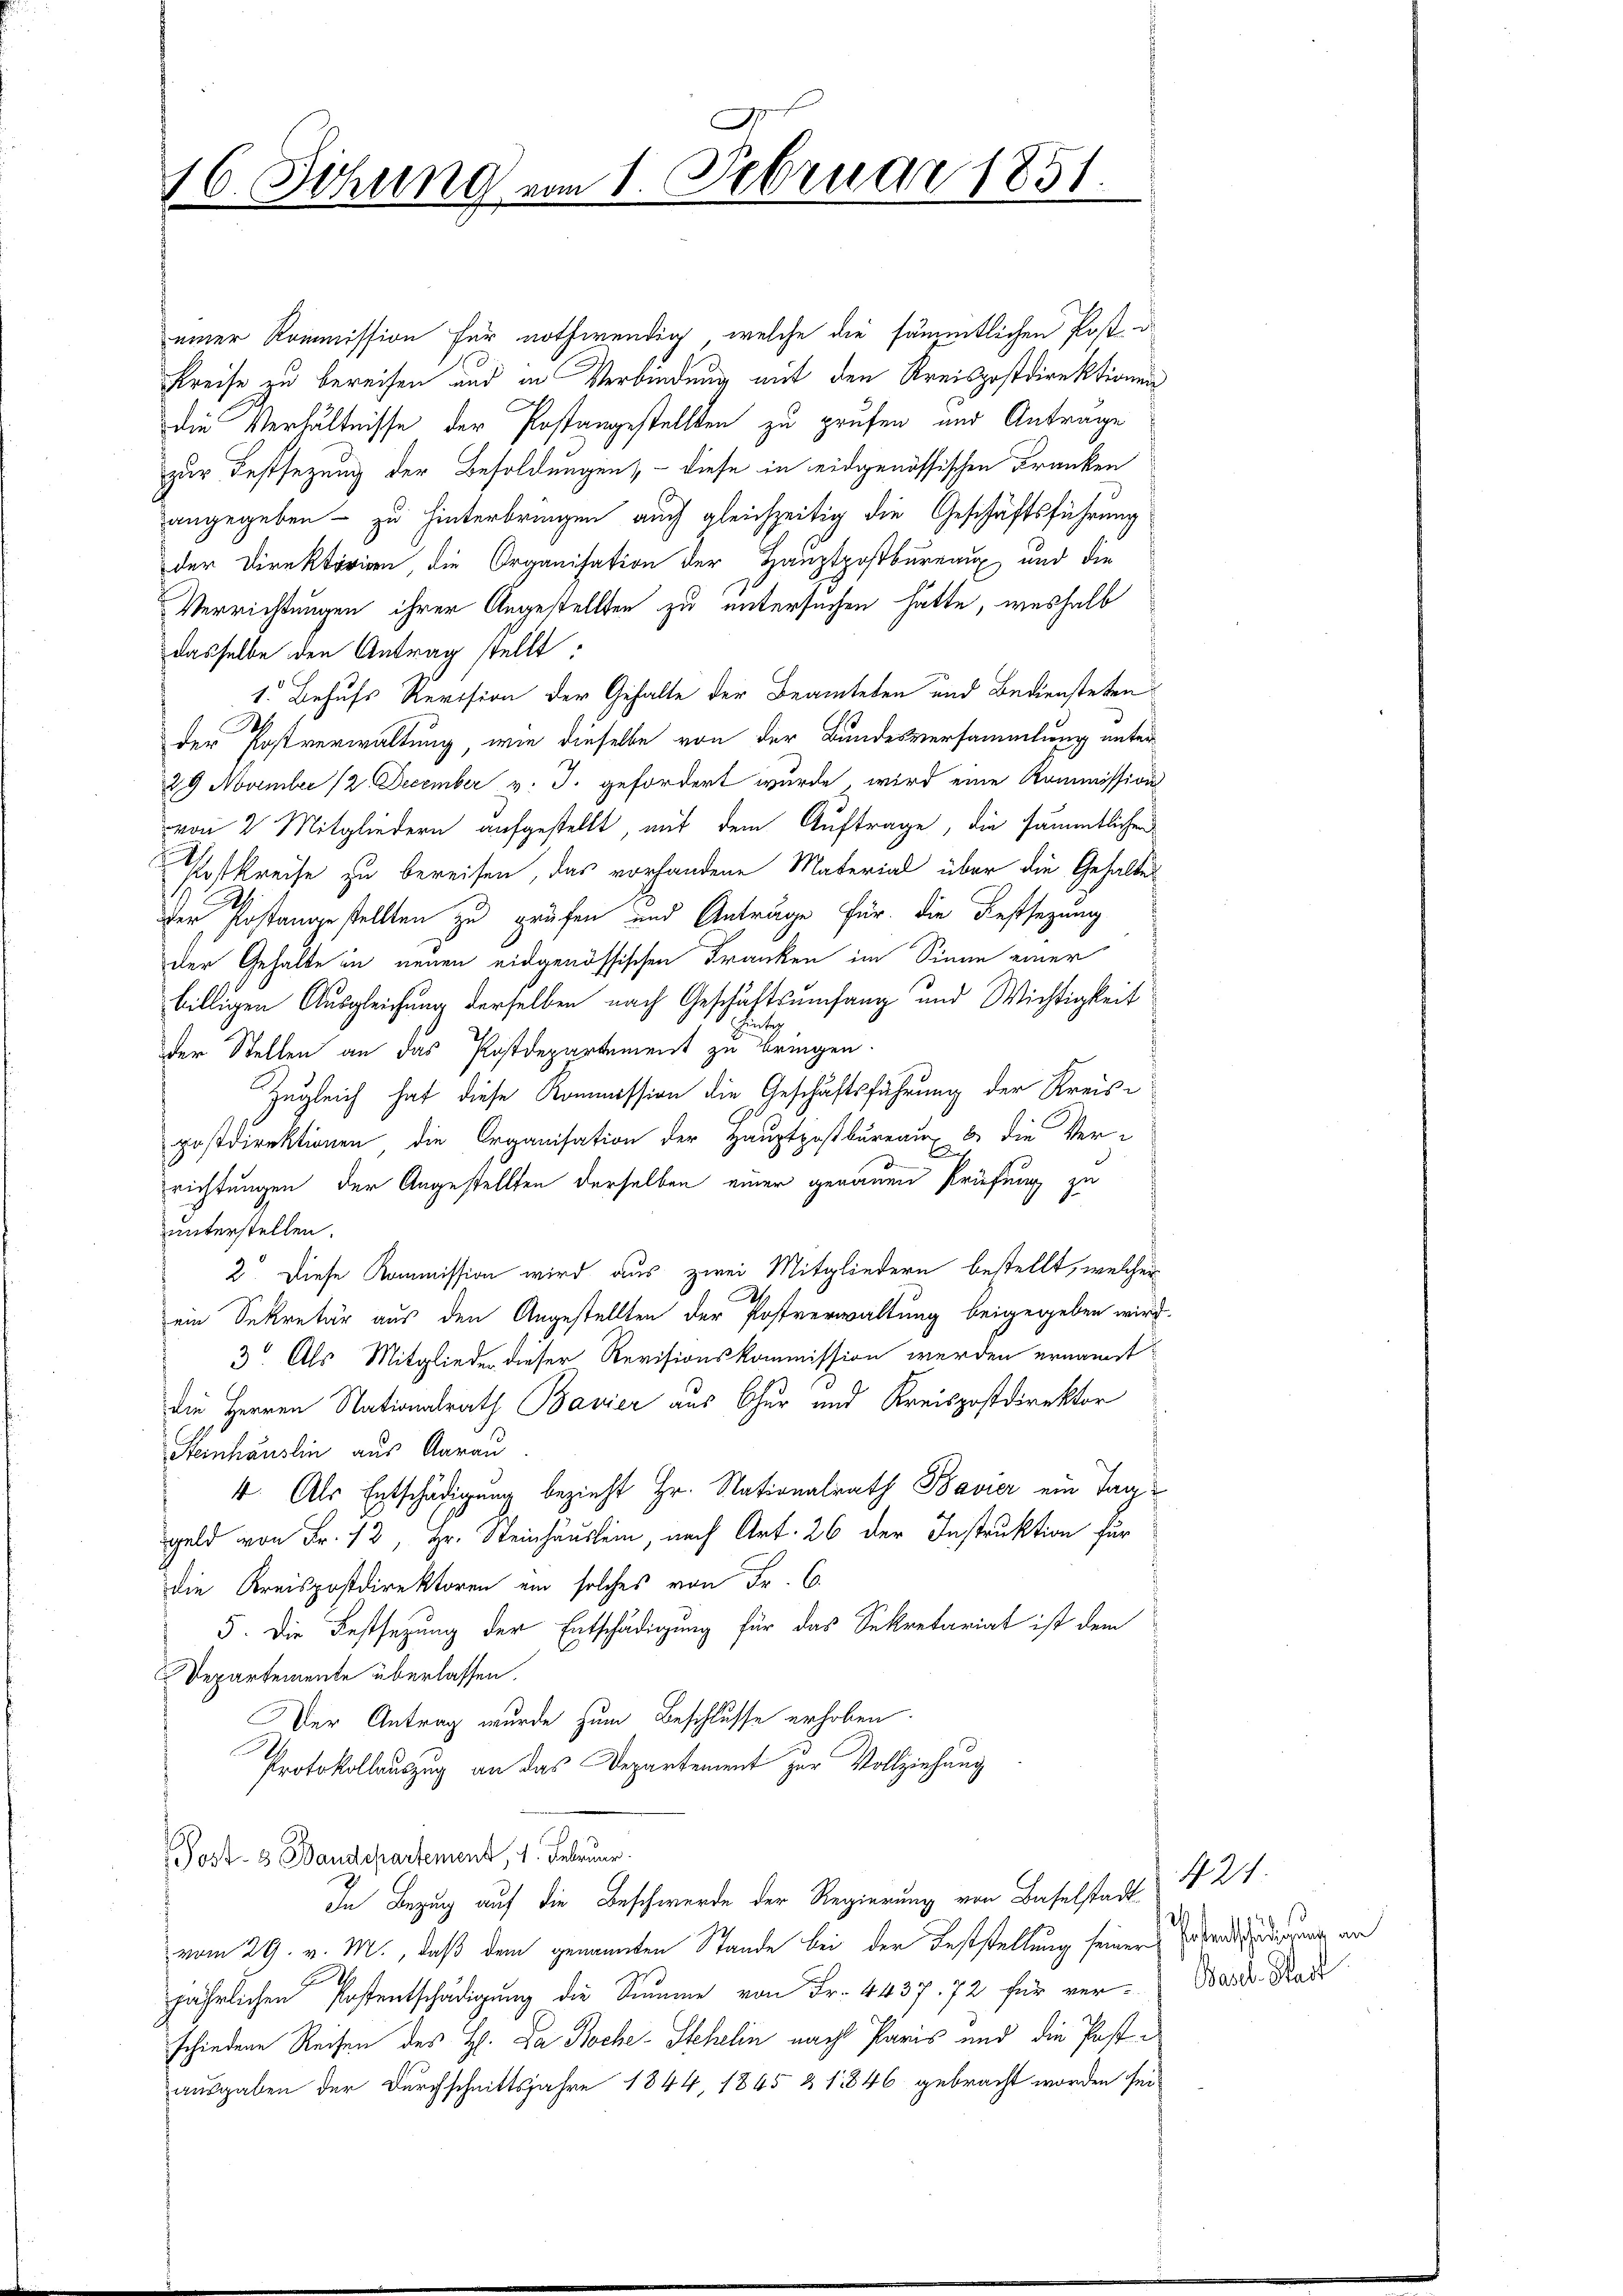
.
16. Sitzung vom 1. Februar 1851.

einer Kommission für nothwendig, welche die sämmtlichen Post e
Kreise zu bereifen aus in Verbindung mit den Kreispostdirektionen
die Verhältnisse der Postangestellten zu prüfen und Antrage
zur Festsezung der Besoldungen, - diese in eidgenössischen Franken
angegeben - zu hinterbringen auch gleichzeitig die Geschäftsführung
der Direktorio die Organisation der Hauptpostbureaux und die
Verrichtungen ihrer Angestellten zu untersuchen hätte, weshalb
dasselbe den Antrag stellt:
1. Behufs Revision der Gehalte der Beamteten und Bediensteten
.
der Postverwaltung, wie dieselbe von der Bundesversammlung unter
29 November 12 December v. J. gefordert wurde, wird eine Kommission
von 2 Mitgliedern aufgestellt, mit dem Auftrage, die sämmtlichen
Postkreise zu bereisen, das vorhandene Material über die Gehalte
der Postangestellten zu prüfen und Anträge für die Festsezung
der Gehalte in neuen eidgenössischen Franken im Sinne einer
billigen Ausgleichung derselben nach Geschäftsumfang und Wichtigkeit
tez
der Stellen an das Postdepartement zu bringen.
Zugleich hat diese Kommission die Geschäftsführung der Kreise
postdirektionen die Organisation der Hauptpostbureau & die Ver-
richtungen der Angestellten derselben einer genauen Prüfung zu
unterstellen.
2. Diese Kommission wird aus zwei Mitgliedern bestellt, welcher
ein Sekretär aus den Angestellten der Postverwaltung beigegeben wird
3. Als Mitglieder dieser Revisionskommission werden ernannt
die Herren Nationalrath Bavier aus Chur und Kreispostdirektor
Heinhauslin aus Aarau
4. Als Entschädigung bezieht Hr. Nationalrath Bavier ein Taggeld von Fr. 13, Hr. Steinhäuslein, nach Art. 26 der Instruktion für
die Kreispostdirektoren ein solches von Fr. 6.
5. Die Festsezung der Entschädigung für das Sekretariat ist dem
Departemente überlassen.
Der Antrag wurde zum Beschlusse erhoben.
Protokollauszug an das Departement zur Vollziehung
Post- 3 Wandepartement, 1. Februar.
In Bezug auf die Beschwerde der Regierung von Baselstadt
vom 29. v. M., daß dem genannten Stande bei der Feststellung seiner Eisenderung an
.
jährlichen Kostentschädigung die Summe von Fr. 4437. 72 für ver-Ward Rad
schiedene Reisen des Hl. Da Boche Stehelin nach Paris und die Postausgaben der Durchschnittsjahre 1844, 1845 & 1846 gebracht worden sei

N 21.